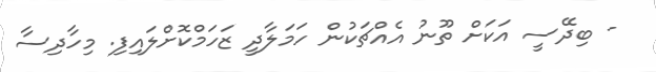
- ބިދޭސީ އަކަށް ތޫނު އެއްޗަކުން ހަމަލާދީ ޒަހަމްކޮށްލައިފި. މިހާދިސާ